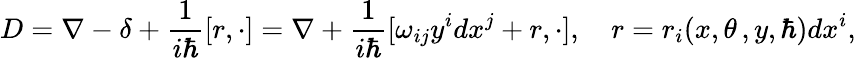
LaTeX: D=\nabla-\delta+\frac 1{i\hbar}[r,\cdot]=\nabla+\frac 1{i\hbar}[\omega_{ij}y^{i}dx^{j}+r,\cdot],\quad r=r_{i}(x,\theta\, ,y,\hbar)dx^{i},